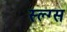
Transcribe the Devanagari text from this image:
स्ल्ग्स